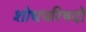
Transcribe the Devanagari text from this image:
शोधपरिषदों